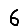
Digit: 6